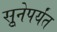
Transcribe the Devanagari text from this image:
सुूनेपर्यंत